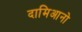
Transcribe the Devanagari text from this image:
दामिआनो